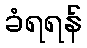
ခံရရန်